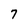
Character: 7